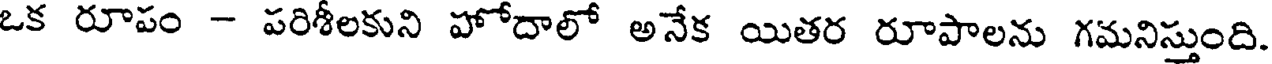
ఒక రూపం - పరిశీలకుని హోదాలో అనేక యితర రూపాలను గమనిస్తుంది.